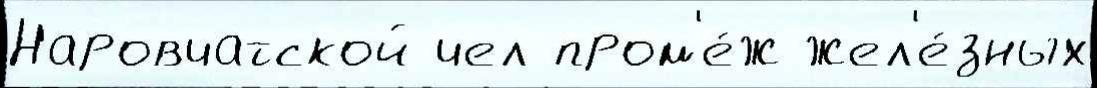
Наровчатской чел пром'е́ж жел'е́зных